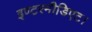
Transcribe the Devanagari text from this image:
इण्टरमीडिएट।